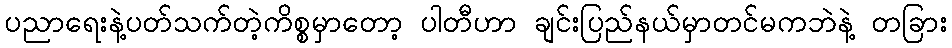
ပညာရေးနဲ့ပတ်သက်တဲ့ကိစ္စမှာတော့ ပါတီဟာ ချင်းပြည်နယ်မှာတင်မကဘဲနဲ့ တခြား